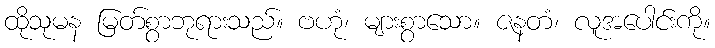
ထိုသုမန မြတ်စွာဘုရားသည်။ ဗဟုံ၊ များစွာသော။ ဇနတံ၊ လူအပေါင်းကို။